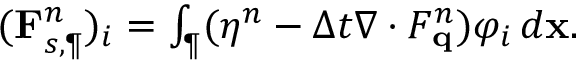
\begin{array} { r } { ( \mathbf { F } _ { s , \P } ^ { n } ) _ { i } = \int _ { \P } ( \eta ^ { n } - \Delta t \nabla \cdot F _ { \mathbf { q } } ^ { n } ) \varphi _ { i } \, d \mathbf { x } . } \end{array}